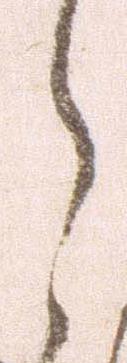
郎